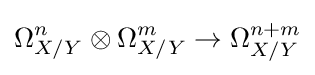
\Omega _{X/Y}^{n}\otimes \Omega _{X/Y}^{m}\to \Omega _{X/Y}^{n+m}